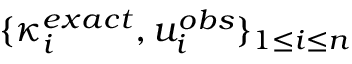
\{ \kappa _ { i } ^ { e x a c t } , u _ { i } ^ { o b s } \} _ { 1 \le i \le n }